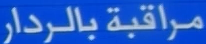
مراقبة بالرادار